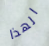
الهذا